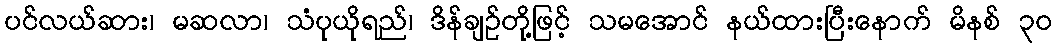
ပင်လယ်ဆား၊ မဆလာ၊ သံပုယိုရည်၊ ဒိန်ချဉ်တို့ဖြင့် သမအောင် နယ်ထားပြီးနောက် မိနစ် ၃၀